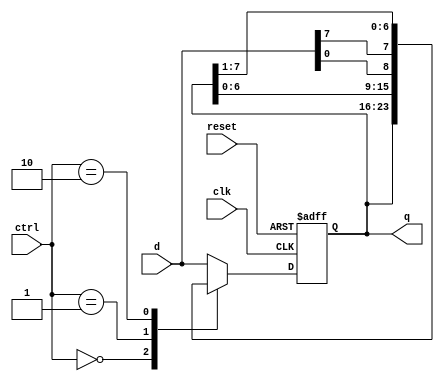
/**
    A Universal Shift Register can load parallel data, shift its content left or right, or remain in
    the same state. It can perform parallel-to-serial operation (first loading parallel input and then
    shifting) or serial-to-parallel operation (first shifting and then retrieving parallel output).
    The desired operation is specified by a 2-bit control signal (ctrl).
**/
module univ_shift_reg
    #(
        parameter N = 8
    )
    (
        input wire clk, reset,
        input wire [1:0] ctrl,
        input wire [N-1 : 0] d,
        output wire [N-1 : 0] q
    );

    // Signal declaration
    reg [N-1 : 0] r_reg, r_next;

    // Register
    always @(posedge clk, posedge reset) 
    begin
        if(reset)
            r_reg <= 0;
        else 
            r_reg <= r_next;
    end

    // Next-state logic
    always @(*) 
    begin
        case(ctrl)
            2'b00: r_next = r_reg;                      // No Op
            2'b01: r_next = {r_reg[N-2:0], d[0]};       // Shift Left
            2'b10: r_next = {d[N-1], r_reg[N-1:1]};     // Shift Right
            default: r_next = d;                        // Load
        endcase    
    end

    // Output logic
    assign q = r_reg;

endmodule